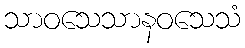
သာဝသေသာနဝသေသံ